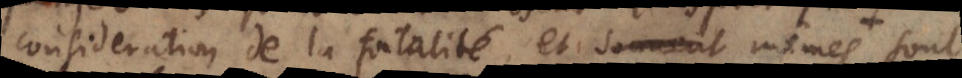
consideration de la fatalité, et souvent mêmes mêm